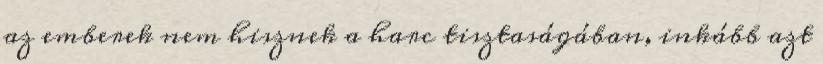
az emberek nem hisznek a harc tisztaságában, inkább azt